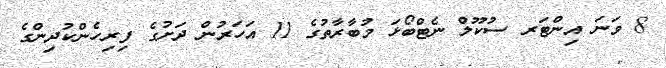
8 ވަނަ އިންޓަރ ސުކޫލް ނެޓްބޯޅަ މުބާރާތުގެ 11 އަހަރުން ދަށުގެ ފިރިހެންކުދިންގެ